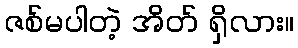
ဇစ်မပါတဲ့ အိတ် ရှိလား။